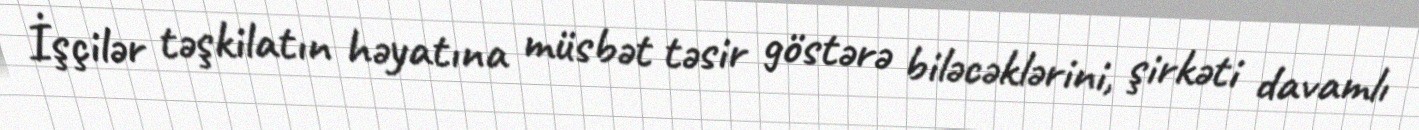
İşçilər təşkilatın həyatına müsbət təsir göstərə biləcəklərini, şirkəti davamlı